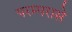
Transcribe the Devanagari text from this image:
परम्परासे